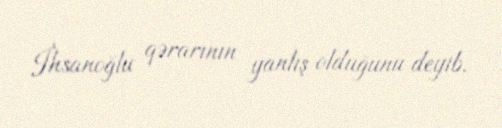
İhsanoğlu qərarının yanlış olduğunu deyib.